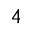
_ 4